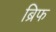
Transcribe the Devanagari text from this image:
ब्रिफ